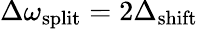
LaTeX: \Delta\omega_{\mathrm{split}}=2\Delta_{\mathrm{shift}}